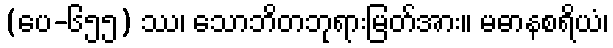
(ပေ-၆၅၅) ဿ၊ သောဘိတဘုရားမြတ်အား။ မဓာနစရိယံ၊